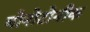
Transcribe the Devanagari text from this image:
मोनोटोनीक